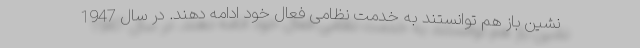
نشین باز هم توانستند به خدمت نظامی فعال خود ادامه دهند. در سال 1947